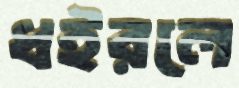
ধইরলে